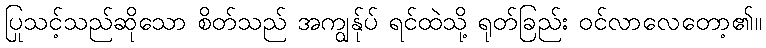
ပြုသင့်သည်ဆိုသော စိတ်သည် အကျွန်ုပ် ရင်ထဲသို့ ရုတ်ခြည်း ဝင်လာလေတော့၏။